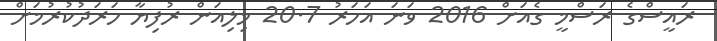
ރައީސްގެ ރަސްމީ ގެއަށް 2016 ވަނަ އަހަރު 20.7 މިލިއަން ރުފިޔާ ހަރަދުކުރުމަށް